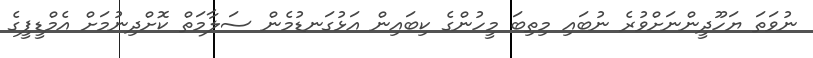
ނުވަތަ ޔަހޫދީންނަށްވުރެ ނުބައި މިތިބަ މީހުންގެ ކިބައިން އަޅުގަނޑުމެން ސަލާމަތް ކޮށްދިނުމަށް އެމްޑީޕީގެ